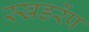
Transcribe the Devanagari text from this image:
स्खडरेंप